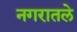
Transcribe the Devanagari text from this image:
नगरातले